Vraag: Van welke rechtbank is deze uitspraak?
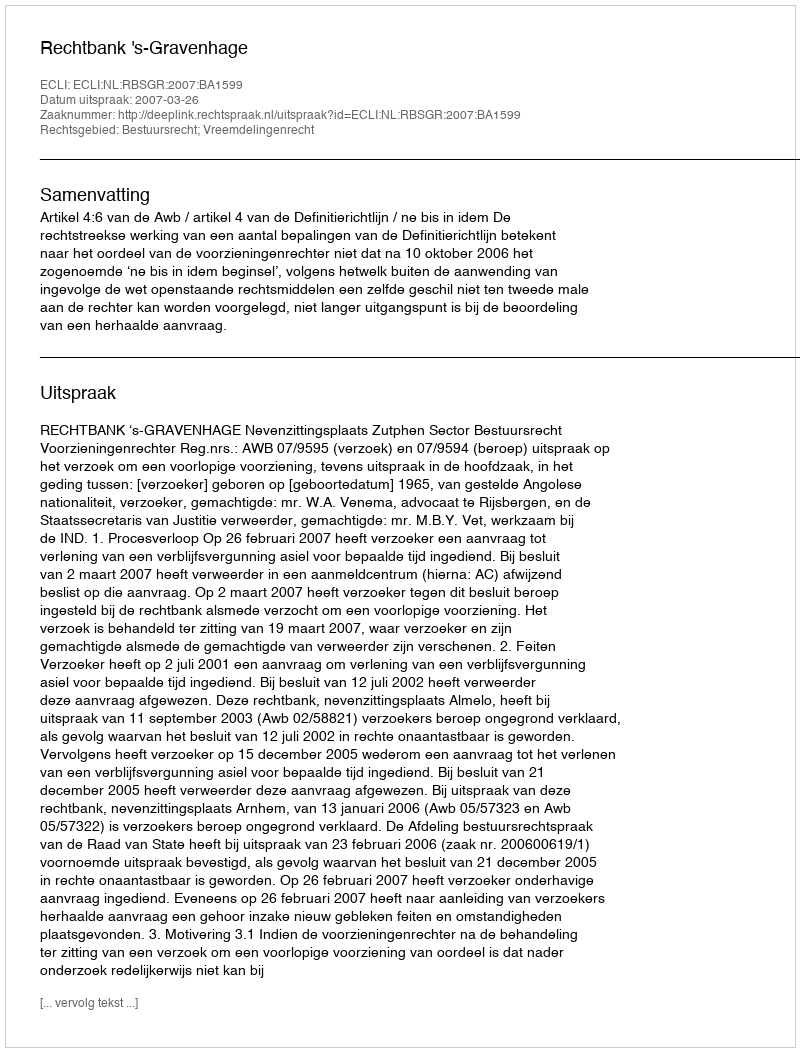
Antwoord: Rechtbank 's-Gravenhage